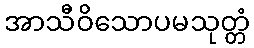
အာသီဝိသောပမသုတ္တံ